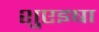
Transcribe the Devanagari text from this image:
शुएइषा